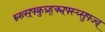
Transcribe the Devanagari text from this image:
म्र्ख्र्स्फ्क्रुय्र्ह्क्म्फ्स्य्सुफ्ज्व्